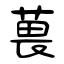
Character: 葨